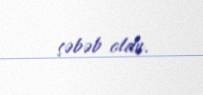
səbəb oldu.